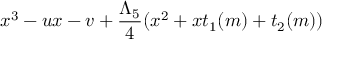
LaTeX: x ^ { 3 } - u x - v + { \frac { \Lambda _ { 5 } } { 4 } } ( x ^ { 2 } + x t _ { 1 } ( m ) + t _ { 2 } ( m ) )